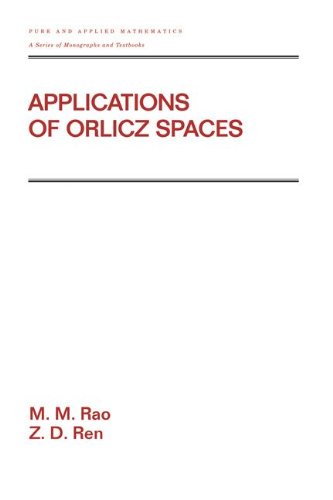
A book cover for Applications Of Orlicz Spaces (Pure and Applied Mathematics); M.M. Rao; Science & Math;